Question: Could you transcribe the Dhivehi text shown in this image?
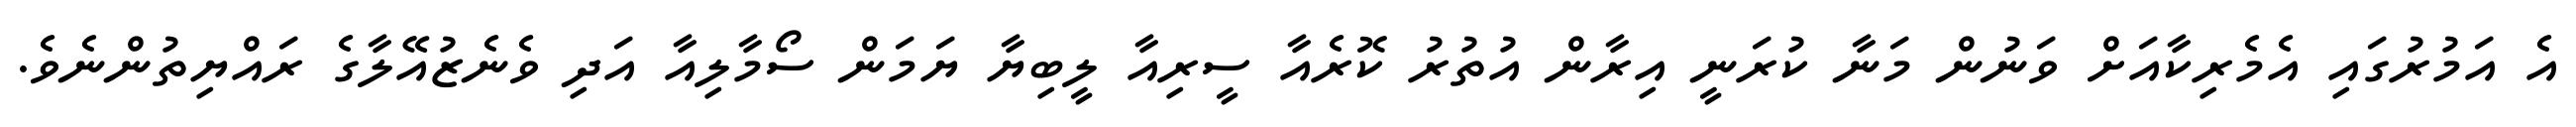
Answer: އެ އަމުރުގައި އެމެރިކާއަށް ވަނުން މަނާ ކުރަނީ އިރާން އުތުރު ކޮރެއާ ސީރިއާ ލީބިޔާ ޔަމަން ސޯމާލިއާ އަދި ވެނެޒުއޭލާގެ ރައްޔިތުންނެވެ.